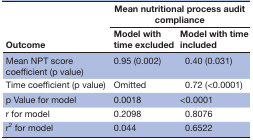
<table><thead><tr><td rowspan="2"><b>Outcome</b></td><td colspan="2"><b>Mean nutritional process audit compliance</b></td></tr><tr><td><b>Model with time excluded</b></td><td><b>Model with time included</b></td></tr></thead><tbody><tr><td>Mean NPT score coefficient (p value)</td><td>0.95 (0.002)</td><td>0.40 (0.031)</td></tr><tr><td>Time coefficient (p value)</td><td>Omitted</td><td>0.72 (&lt;0.0001)</td></tr><tr><td>p Value for model</td><td>0.0018</td><td>&lt;0.0001</td></tr><tr><td>r for model</td><td>0.2098</td><td>0.8076</td></tr><tr><td>r<sup>2</sup> for model</td><td>0.044</td><td>0.6522</td></tr></tbody></table>